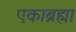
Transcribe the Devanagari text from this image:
एकाब्रह्मा